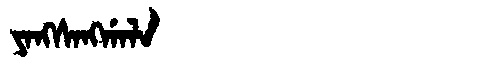
Manchu: ᠶᠠᠩᠰᠠᠩᡤᠠᠯᠠ
Romanization: YANGSANGGALA